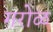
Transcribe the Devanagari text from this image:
गरोळ